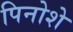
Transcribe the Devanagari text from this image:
पिनोशे